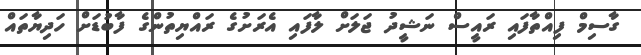
ގާސިމް ފިއްތާފައި ރައީސް ނަޝީދު ޖަލަށް ލާފައި އެރަށުގެ ރައްޔިތުންގެ ފާބުޑަށް ހަދިޔާތައް